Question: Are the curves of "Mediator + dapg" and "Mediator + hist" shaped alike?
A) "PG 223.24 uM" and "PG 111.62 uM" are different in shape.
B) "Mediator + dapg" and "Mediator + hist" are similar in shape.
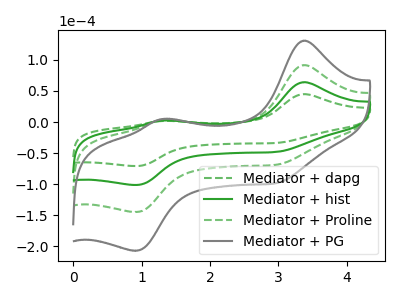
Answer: <think>The green dashed curve "Mediator + dapg" has anodic peaks at (3.35V, 44.85uA) (1.30V, 1.70uA) and cathodic peaks at (3.00V, -33.45uA) (0.90V, -71.00uA). The green curve "Mediator + hist" has anodic peaks at (3.35V, 64.15uA) (1.30V, 2.40uA) and cathodic peaks at (3.00V, -47.80uA) (0.90V, -101.50uA). The green dashed curve "Mediator + Proline" has anodic peaks at (3.35V, 128.25uA) (1.30V, 4.80uA) and cathodic peaks at (3.00V, -95.65uA) (0.90V, -203.00uA). The gray curve "Mediator + PG" has anodic peaks at (3.35V, 192.40uA) (1.30V, 7.20uA) and cathodic peaks at (3.00V, -143.45uA) (0.90V, -304.50uA).
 All the peaks in "Mediator + dapg" have a peak in "Mediator + hist" at the same potential. Every peak in "Mediator + dapg" is lower than every peak in "Mediator + hist".</think>
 <answer>B) "Mediator + dapg" and "Mediator + hist" are similar in shape.</answer>
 <eval>B</eval>